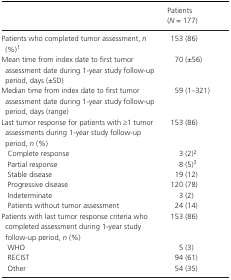
<table><thead><tr><td></td><td><b>Patients (<i>N</i> = 177)</b></td></tr></thead><tbody><tr><td>Patients who completed tumor assessment, <i>n</i> (%)a</td><td>153 (86)</td></tr><tr><td>Mean time from index date to first tumor assessment date during 1‐year study follow‐up period, days (±SD)</td><td>70 (±56)</td></tr><tr><td>Median time from index date to first tumor assessment date during 1‐year study follow‐up period, days (range)</td><td>59 (1–321)</td></tr><tr><td>Last tumor response for patients with ≥1 tumor assessments during 1‐year study follow‐up period, <i>n</i> (%)</td><td>153 (86)</td></tr><tr><td>Complete response</td><td>3 (2)b</td></tr><tr><td>Partial response</td><td>8 (5)c</td></tr><tr><td>Stable disease</td><td>19 (12)</td></tr><tr><td>Progressive disease</td><td>120 (78)</td></tr><tr><td>Indeterminate</td><td>3 (2)</td></tr><tr><td>Patients without tumor assessment</td><td>24 (14)</td></tr><tr><td>Patients with last tumor response criteria who completed assessment during 1‐year study follow‐up period, <i>n</i> (%)</td><td>153 (86)</td></tr><tr><td>WHO</td><td>5 (3)</td></tr><tr><td>RECIST</td><td>94 (61)</td></tr><tr><td>Other</td><td>54 (35)</td></tr></tbody></table>